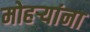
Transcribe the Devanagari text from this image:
मोहऱ्यांना